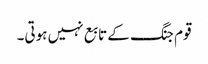
قوم جنگ کے تابع نہیں ہوتی۔